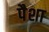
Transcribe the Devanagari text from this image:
पैशा